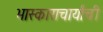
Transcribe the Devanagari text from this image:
भास्काराचार्यांची